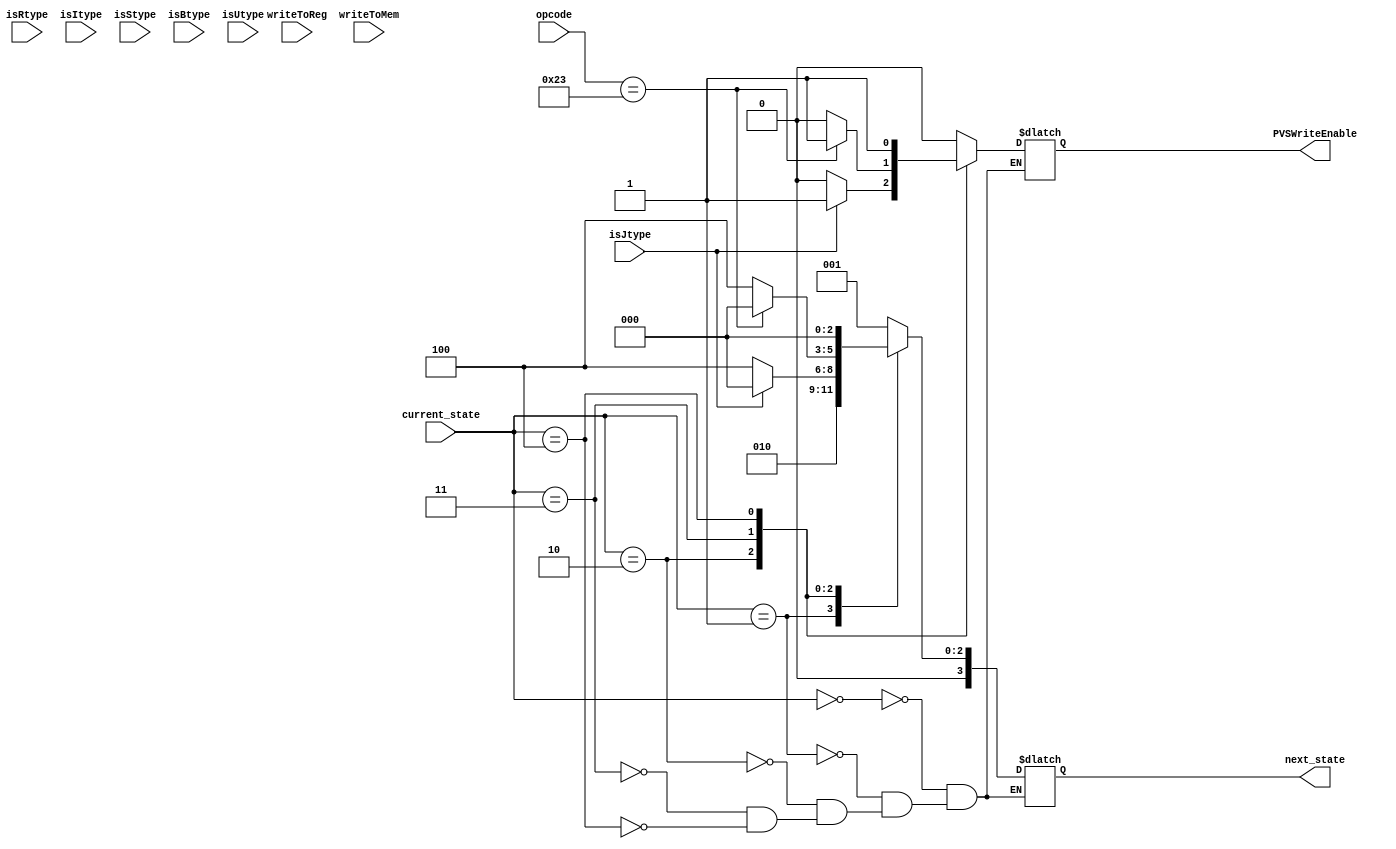
// calculate the state based on the current state and emit signals to control components
module SM (
	input wire[3:0] current_state,
	input wire[6:0] opcode,
	input wire writeToReg,
	input wire writeToMem,
	input wire isRtype,
	input wire isItype,
	input wire isStype,
	input wire isBtype,
	input wire isUtype,
	input wire isJtype,

	output wire[3:0] next_state,
	output wire PVSWriteEnable
	);

	reg[3:0] next_state_r;
	reg PVSWriteEnable_r;

	assign next_state = next_state_r;
	assign PVSWriteEnable = PVSWriteEnable_r;

	always @(*) begin
		case (current_state) 
			3'b000: begin
				next_state_r = 3'b001;
				PVSWriteEnable_r = 0;
			end

			3'b001: begin
				next_state_r = 3'b010;
				PVSWriteEnable_r = 0;
			end

			3'b010: begin
				// if load or store instruction, go to the mem stage
				if (opcode == 7'b0100011 || opcode == 7'b0000011) begin
					next_state_r = 3'b011;
					PVSWriteEnable_r = 0;
				end

				// if j type instruction, go to IF stage
				if (isJtype) begin
					next_state_r = 3'b000;
					PVSWriteEnable_r = 1;
				end

				// else go to the writeback stage
				else begin
					next_state_r = 3'b100;
					PVSWriteEnable_r = 0;
				end
			end

			3'b011: begin
				// if store instruction, emit PVSWriteEnable and go to state 0
				if (opcode == 7'b0100011) begin
					next_state_r = 3'b000;
					PVSWriteEnable_r = 1;
				end

				// for loads, go to WB stage
				else begin
					next_state_r = 3'b100;
					PVSWriteEnable_r = 0;
				end
			end

			3'b100: begin
				next_state_r = 3'b000;
				PVSWriteEnable_r = 1;
			end


		endcase
	end
	

endmodule //